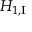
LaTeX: H _ { 1 , { \mathrm { I } } }